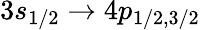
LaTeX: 3s_{1/2}\rightarrow 4p_{1/2,3/2}